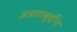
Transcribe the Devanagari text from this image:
अफ़्ताबुद्दीन